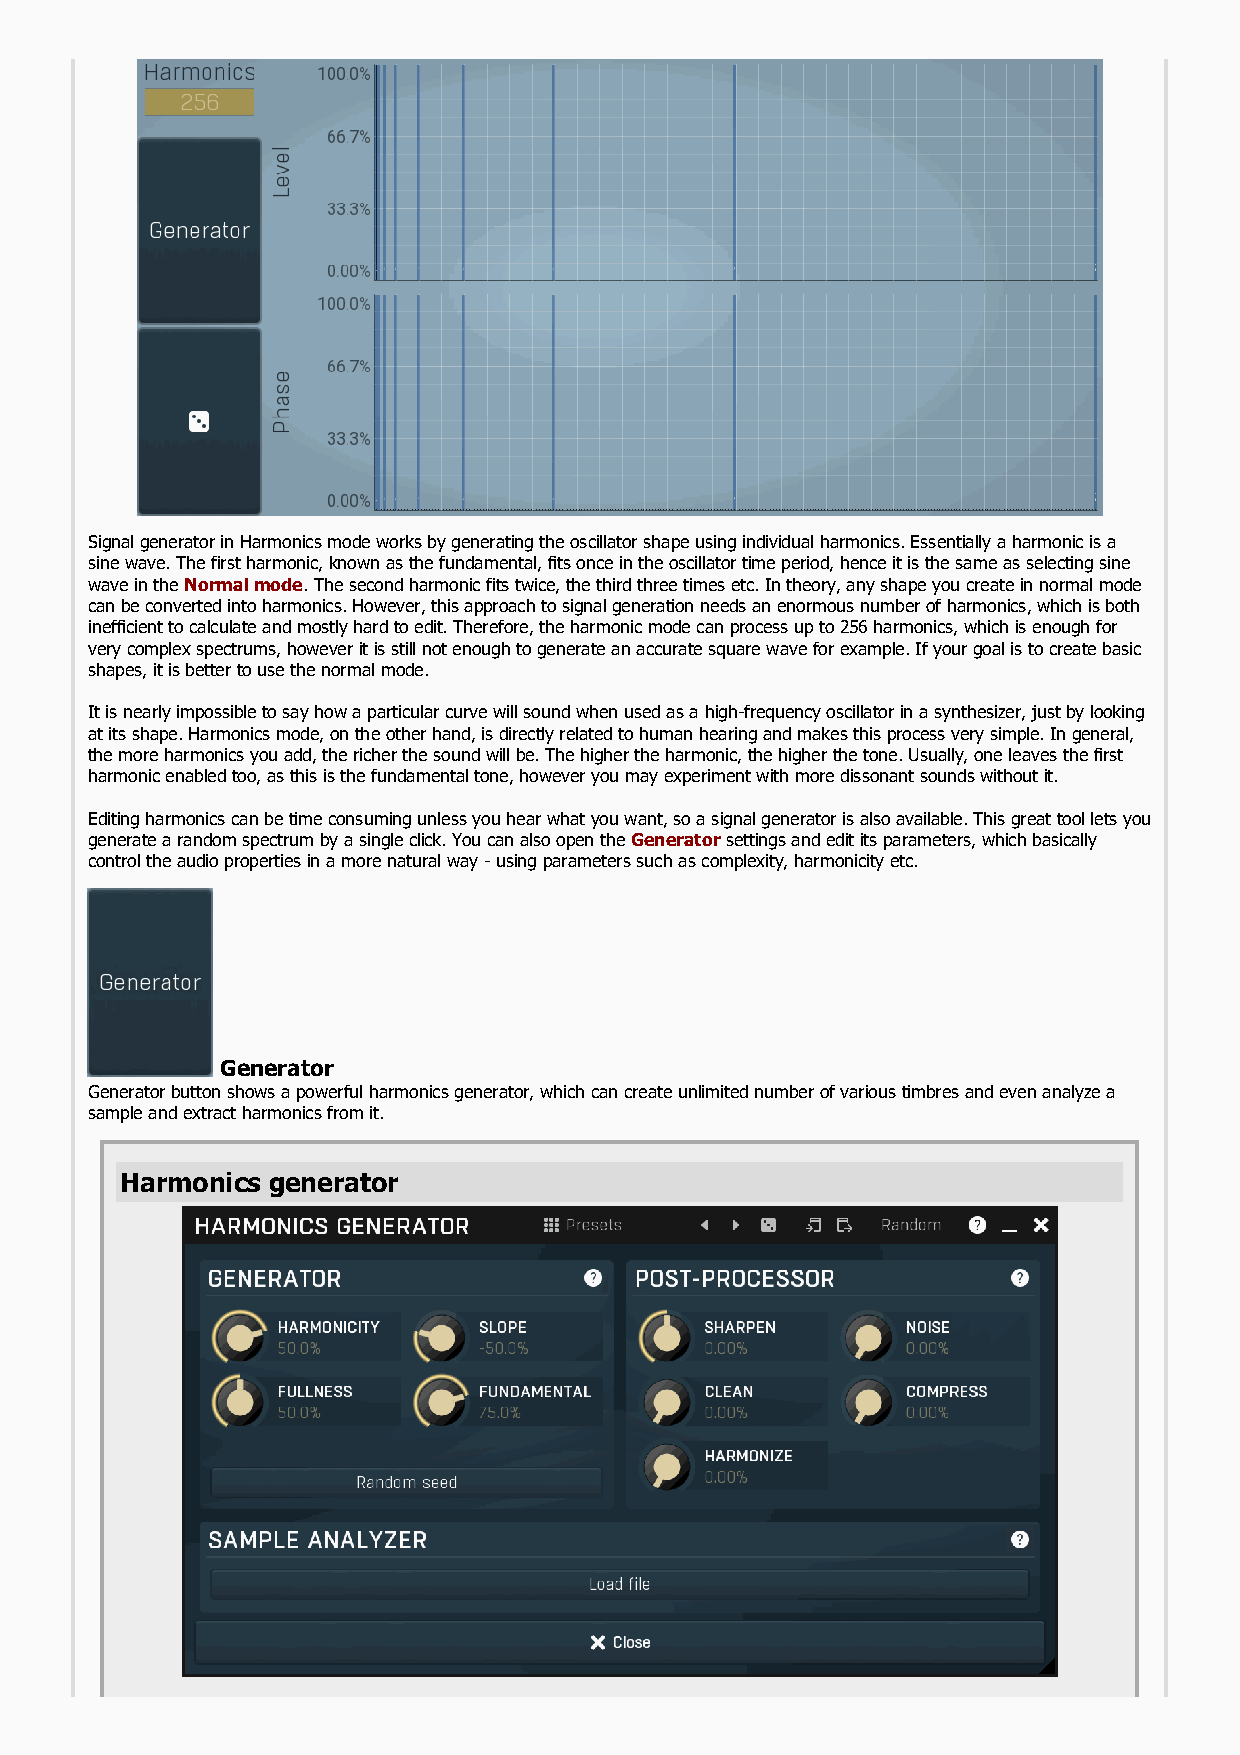
Signal generator in Harmonics mode works by generating the oscillator shape using individual harmonics. Essentially a harmonic is a
 sine wave. The first harmonic, known as the fundamental, fits once in the oscillator time period, hence it is the same as selecting sine
 wave in the Normal mode. The second harmonic fits twice, the third three times etc. In theory, any shape you create in normal mode
 can be converted into harmonics. However, this approach to signal generation needs an enormous number of harmonics, which is both
 inefficient to calculate and mostly hard to edit. Therefore, the harmonic mode can process up to 256 harmonics, which is enough for
 very complex spectrums, however it is still not enough to generate an accurate square wave for example. If your goal is to create basic
 shapes, it is better to use the normal mode.
 It is nearly impossible to say how a particular curve will sound when used as a high-frequency oscillator in a synthesizer, just by looking
 at its shape. Harmonics mode, on the other hand, is directly related to human hearing and makes this process very simple. In general,
 the more harmonics you add, the richer the sound will be. The higher the harmonic, the higher the tone. Usually, one leaves the first
 harmonic enabled too, as this is the fundamental tone, however you may experiment with more dissonant sounds without it.
 Editing harmonics can be time consuming unless you hear what you want, so a signal generator is also available. This great tool lets you
 generate a random spectrum by a single click. You can also open the Generator settings and edit its parameters, which basically
 control the audio properties in a more natural way - using parameters such as complexity, harmonicity etc.
 Generator
 Generator button shows a powerful harmonics generator, which can create unlimited number of various timbres and even analyze a
 sample and extract harmonics from it.
 Harmonics generator